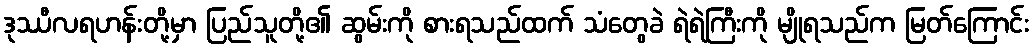
ဒုဿီလရဟန်းတို့မှာ ပြည်သူတို့၏ ဆွမ်းကို စားရသည်ထက် သံတွေခဲ ရဲရဲကြီးကို မျိုရသည်က မြတ်ကြောင်း